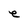
Character: e